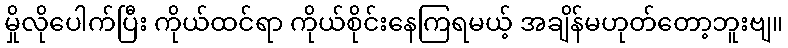
မှိုလိုပေါက်ပြီး ကိုယ်ထင်ရာ ကိုယ်စိုင်းနေကြရမယ့် အချိန်မဟုတ်တော့ဘူးဗျ။